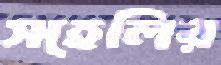
সহেলির